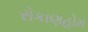
રોકાણહોમ